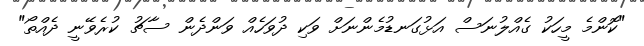
"ކޮންމެ މީހަކު ގެއްލުނަސް އަޅުގަނޑުމެންނަށް ވަކި ދުވަހެއް ވަންދެން ސާޗު ކުރެވޭނީ ދެއްތޯ"